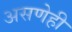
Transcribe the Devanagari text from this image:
असणेही